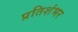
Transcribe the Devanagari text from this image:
प्रतिशंभर